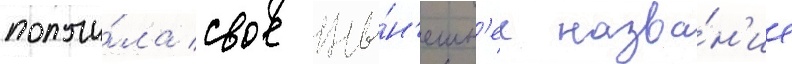
получи́ла свое ны́н'ешн'ее назва́н'ие